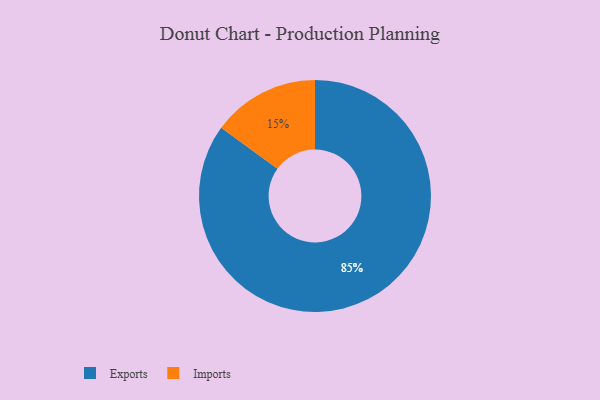
{"axis": {"x": "Category", "y": "Percentage"}, "legend": ["Exports", "Imports"], "data": [{"x": "Exports", "y": 85, "type": "Exports"}, {"x": "Imports", "y": 15, "type": "Imports"}]}